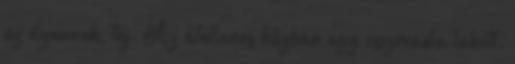
az ilyennek, tej. Az átellenes házban egy csizmadia lakott.